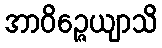
အာဝိဉ္ဇေယျာသိ